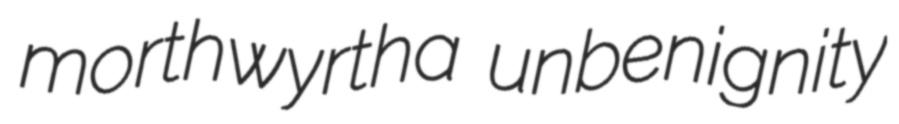
morthwyrtha unbenignity